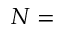
N =